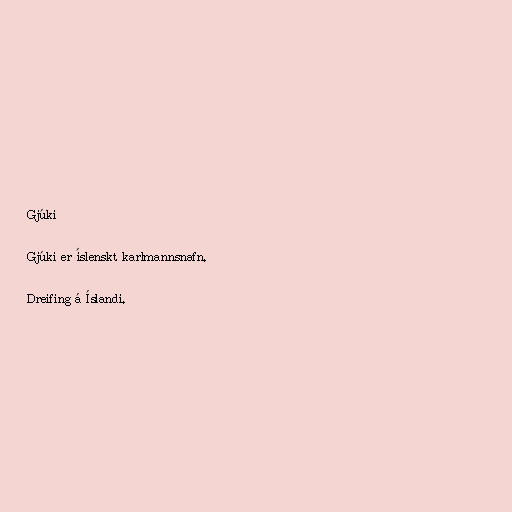
Gjúki

Gjúki er íslenskt karlmannsnafn.

Dreifing á Íslandi.